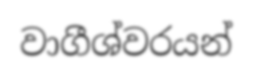
වාගීශ්වරයන්